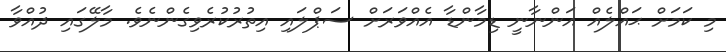
މި ކަމަށް ޙައްލެއް އަންނާނީ ޑިމާންޑާ އެއްވަރަށް ސަޕްލައި އިތުރުކުރެވިގެންނެވެ. މާލޭގައި ދުއްވާ